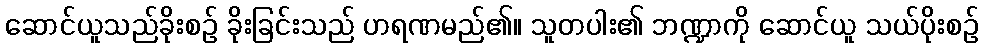
ဆောင်ယူသည်ခိုးစဉ် ခိုးခြင်းသည် ဟရဏမည်၏။ သူတပါး၏ ဘဏ္ဍာကို ဆောင်ယူ သယ်ပိုးစဉ်